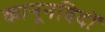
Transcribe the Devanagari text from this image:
कानूनविदों